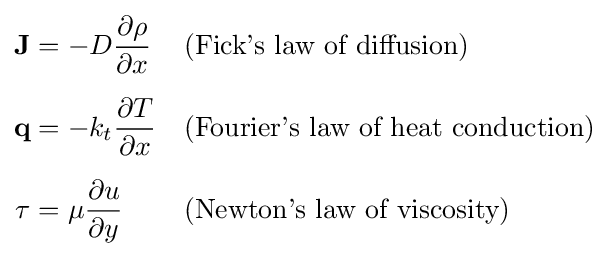
{\begin{aligned}\mathbf {J} &=-D{\frac {\partial \rho }{\partial x}}&&{\text{(Fick's law of diffusion)}}\\[5pt]\mathbf {q} &=-k_{t}{\frac {\partial T}{\partial x}}&&{\text{(Fourier's law of heat conduction)}}\\[5pt]\tau &=\mu {\frac {\partial u}{\partial y}}&&{\text{(Newton's law of viscosity)}}\end{aligned}}